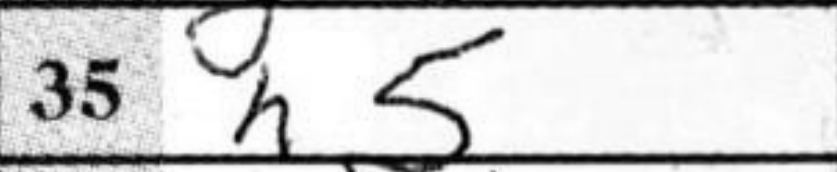
Transcription: h5